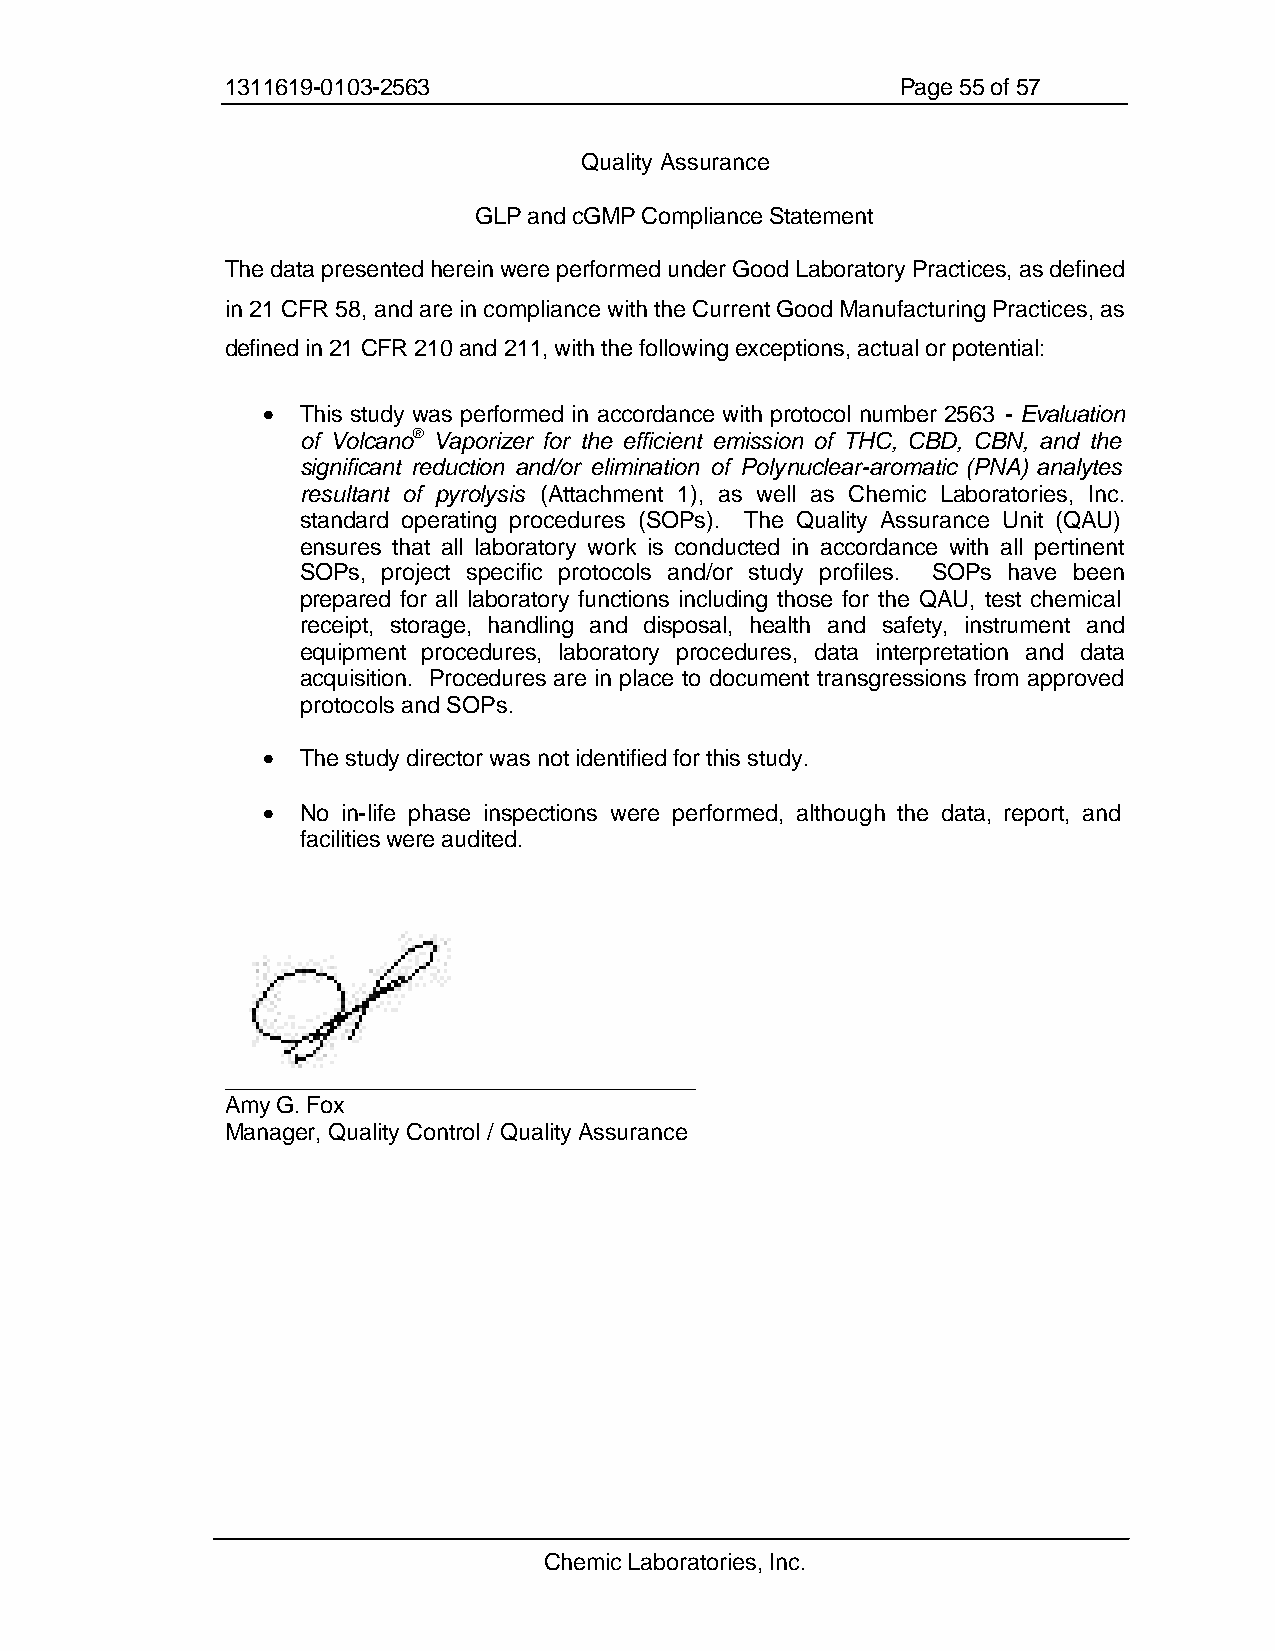
1311619-0103-2563                            Page 55 of 57
 Quality Assurance
 GLP and cGMP Compliance Statement
 The data presented herein were performed under Good Laboratory Practices, as defined
 in 21 CFR 58, and are in compliance with the Current Good Manufacturing Practices, as
 defined in 21 CFR 210 and 211, with the following exceptions, actual or potential:
 •  This study was performed in accordance with protocol number 2563 - Evaluation
 of Volcano® Vaporizer for the efficient emission of THC, CBD, CBN, and the
 significant reduction and/or elimination of Polynuclear-aromatic (PNA) analytes
 resultant of pyrolysis (Attachment 1), as well as Chemic Laboratories, Inc.
 standard operating procedures (SOPs). The Quality Assurance Unit (QAU)
 ensures that all laboratory work is conducted in accordance with all pertinent
 SOPs, project specific protocols and/or study profiles. SOPs have been
 prepared for all laboratory functions including those for the QAU, test chemical
 receipt, storage, handling and disposal, health and safety, instrument and
 equipment procedures, laboratory procedures, data interpretation and data
 acquisition. Procedures are in place to document transgressions from approved
 protocols and SOPs.
 •  The study director was not identified for this study.
 •  No in-life phase inspections were performed, although the data, report, and
 facilities were audited.
 _____________________________________
 Amy G. Fox
 Manager, Quality Control / Quality Assurance
 Chemic Laboratories, Inc.